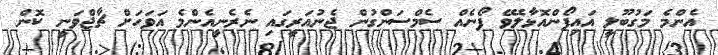
އެންމެ މަގުބޫލީ އައިފޯންއޮޅާލެވޭ ފޯނެއް ސެމްސަންގުން ޖެނުއަރީގައި ނެރެނީއެންމެ އަވަހަށް ޗާޖްވަނީ ކޮން